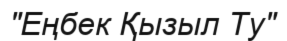
"Еңбек Қызыл Ту"